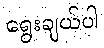
ရွေးချယ်ပါ